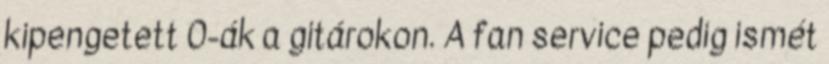
kipengetett 0-ák a gitárokon. A fan service pedig ismét